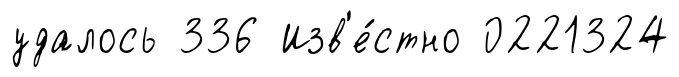
удалось 336 Изв'е́стно 0221324